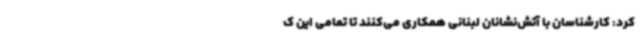
کرد: کارشناسان با آتش‌نشانان لبنانی همکاری می‌کنند تا تمامی این ک